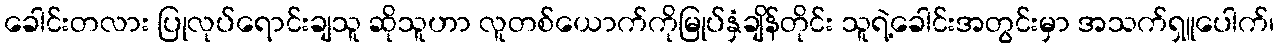
ခေါင်းတလား ပြုလုပ်ရောင်းချသူ ဆိုသူဟာ လူတစ်ယောက်ကိုမြုပ်နှံချိန်တိုင်း သူရဲ့ခေါင်းအတွင်းမှာ အသက်ရှူပေါက်၊